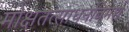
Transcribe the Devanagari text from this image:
मोक्षतत्साधनविमर्श